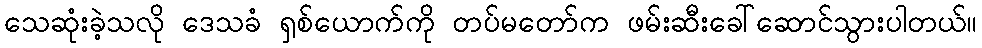
သေဆုံးခဲ့သလို ဒေသခံ ရှစ်ယောက်ကို တပ်မတော်က ဖမ်းဆီးခေါ်ဆောင်သွားပါတယ်။